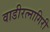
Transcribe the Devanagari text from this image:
वाडीरत्नागिरी